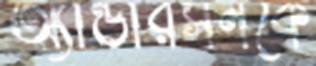
অ্যান্ডারসনকে